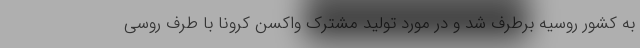
به کشور روسیه برطرف شد و در مورد تولید مشترک واکسن کرونا با طرف روسی